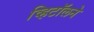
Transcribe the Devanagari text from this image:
व्हिटॉलने